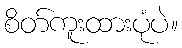
စိတ်ကူးထားပုံပဲ။